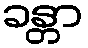
ခန္တာ